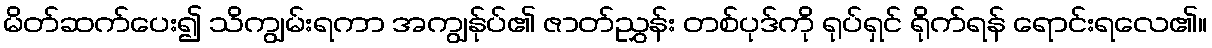
မိတ်ဆက်ပေး၍ သိကျွမ်းရကာ အကျွန်ုပ်၏ ဇာတ်ညွှန်း တစ်ပုဒ်ကို ရုပ်ရှင် ရိုက်ရန် ရောင်းရလေ၏။